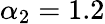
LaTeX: \alpha_{2}=1.2